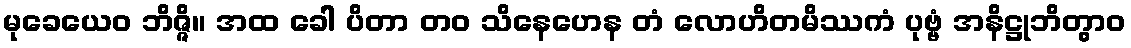
မုခေယေဝ ဘိဇ္ဇိ။ အထ ခေါ ပိတာ တဝ သိနေဟေန တံ လောဟိတမိဿကံ ပုဗ္ဗံ အနိဋ္ဌုဘိတွာဝ